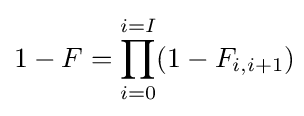
1-F=\prod _{i=0}^{i=I}(1-F_{i,i+1})\!